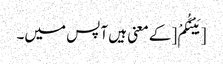
[بَیْنَکُمْ [کے معنی ہیں آپس میں۔